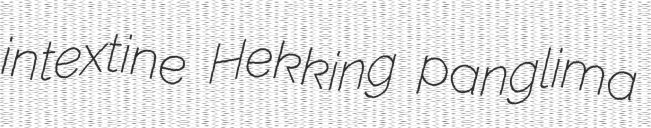
intextine Hekking panglima